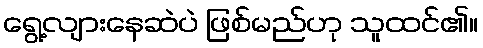
ရွေ့လျားနေဆဲပဲ ဖြစ်မည်ဟု သူထင်၏။